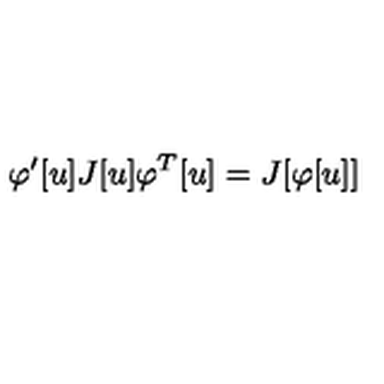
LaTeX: \varphi ^ { \prime } [ u ] J [ u ] \varphi ^ { T } [ u ] = J [ \varphi [ u ] ]